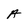
Character: A